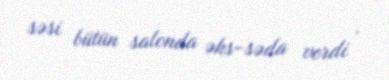
səsi bütün salonda əks-səda verdi .